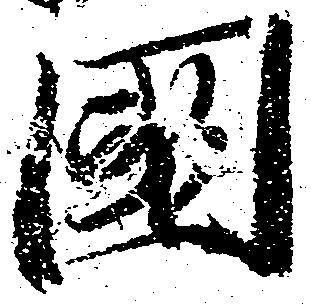
国